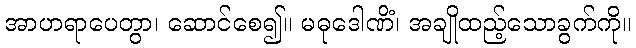
အာဟရာပေတွာ၊ ဆောင်စေ၍။ မဓုဒေါဏိံ၊ အချိုထည့်သောခွက်ကို။